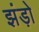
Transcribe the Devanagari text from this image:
झंड़ो